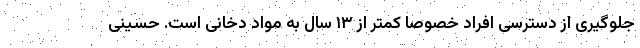
جلوگیری از دسترسی افراد خصوصاً کمتر از ۱۳ سال به مواد دخانی است. حسینی